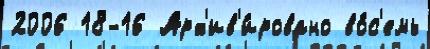
2006 18-16 Арх'ив'и́ровано во́с'емь